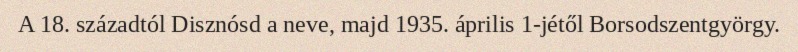
A 18. századtól Disznósd a neve, majd 1935. április 1-jétől Borsodszentgyörgy.